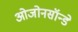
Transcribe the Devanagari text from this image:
ओजोनसॉन्‍डे